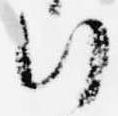
行